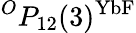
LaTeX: ^{O}P_{12}(3)^{\mathrm{YbF}}